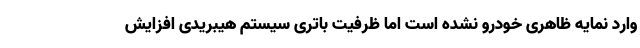
وارد نمایه ظاهری خودرو نشده است اما ظرفیت باتری سیستم هیبریدی افزایش